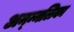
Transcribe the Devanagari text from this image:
अन्न्नलिका